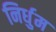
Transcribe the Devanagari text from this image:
निर्धुम